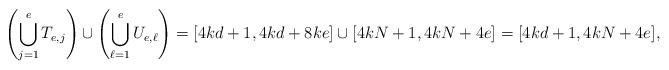
LaTeX: \begin{align*}\left(\bigcup_{j=1}^e T_{e,j}\right) \cup \left(\bigcup_{\ell=1}^e U_{e,\ell}\right) = [4kd+1,4kd+8ke] \cup [4kN+1,4kN+4e] = [4kd+1,4kN+4e],\end{align*}